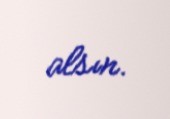
alsın.